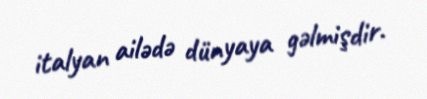
italyan ailədə dünyaya gəlmişdir.